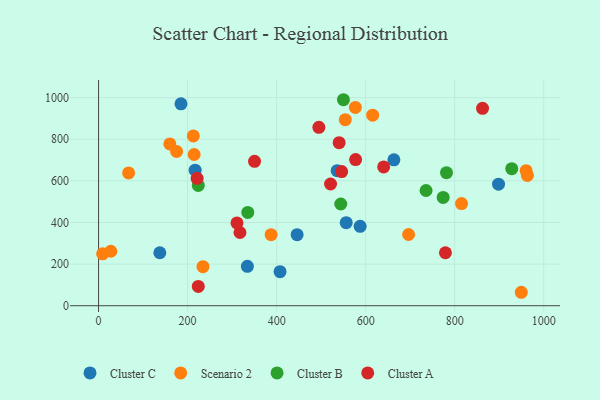
{"axis": {"x": "Study Hours", "y": "Rating"}, "legend": ["Cluster A", "Cluster B", "Cluster C", "Scenario 2"], "data": [{"x": "216.9", "y": 651.2, "type": "Cluster C"}, {"x": "587.6", "y": 381.5, "type": "Cluster C"}, {"x": "556.3", "y": 399.3, "type": "Cluster C"}, {"x": "898.5", "y": 584.1, "type": "Cluster C"}, {"x": "137.6", "y": 254.5, "type": "Cluster C"}, {"x": "536.0", "y": 649.0, "type": "Cluster C"}, {"x": "334.3", "y": 189.4, "type": "Cluster C"}, {"x": "663.4", "y": 701.0, "type": "Cluster C"}, {"x": "407.7", "y": 163.6, "type": "Cluster C"}, {"x": "185.1", "y": 970.2, "type": "Cluster C"}, {"x": "446.0", "y": 341.5, "type": "Cluster C"}, {"x": "960.5", "y": 649.1, "type": "Scenario 2"}, {"x": "576.9", "y": 952.8, "type": "Scenario 2"}, {"x": "67.5", "y": 638.3, "type": "Scenario 2"}, {"x": "387.6", "y": 341.4, "type": "Scenario 2"}, {"x": "160.1", "y": 777.7, "type": "Scenario 2"}, {"x": "212.9", "y": 816.1, "type": "Scenario 2"}, {"x": "175.3", "y": 741.0, "type": "Scenario 2"}, {"x": "234.5", "y": 187.4, "type": "Scenario 2"}, {"x": "9.1", "y": 249.4, "type": "Scenario 2"}, {"x": "815.4", "y": 491.0, "type": "Scenario 2"}, {"x": "554.2", "y": 894.1, "type": "Scenario 2"}, {"x": "615.7", "y": 915.5, "type": "Scenario 2"}, {"x": "949.7", "y": 64.6, "type": "Scenario 2"}, {"x": "27.5", "y": 261.8, "type": "Scenario 2"}, {"x": "696.4", "y": 342.2, "type": "Scenario 2"}, {"x": "214.7", "y": 726.6, "type": "Scenario 2"}, {"x": "963.3", "y": 626.2, "type": "Scenario 2"}, {"x": "224.0", "y": 578.0, "type": "Cluster B"}, {"x": "774.1", "y": 520.6, "type": "Cluster B"}, {"x": "781.6", "y": 639.3, "type": "Cluster B"}, {"x": "335.2", "y": 448.4, "type": "Cluster B"}, {"x": "550.1", "y": 989.9, "type": "Cluster B"}, {"x": "928.2", "y": 658.7, "type": "Cluster B"}, {"x": "735.7", "y": 553.6, "type": "Cluster B"}, {"x": "544.1", "y": 488.9, "type": "Cluster B"}, {"x": "521.1", "y": 584.8, "type": "Cluster A"}, {"x": "577.4", "y": 702.5, "type": "Cluster A"}, {"x": "224.0", "y": 92.8, "type": "Cluster A"}, {"x": "494.9", "y": 857.4, "type": "Cluster A"}, {"x": "779.2", "y": 254.5, "type": "Cluster A"}, {"x": "546.1", "y": 644.4, "type": "Cluster A"}, {"x": "862.6", "y": 948.5, "type": "Cluster A"}, {"x": "310.9", "y": 398.1, "type": "Cluster A"}, {"x": "350.4", "y": 693.8, "type": "Cluster A"}, {"x": "540.4", "y": 783.7, "type": "Cluster A"}, {"x": "317.6", "y": 351.9, "type": "Cluster A"}, {"x": "640.5", "y": 667.2, "type": "Cluster A"}, {"x": "221.4", "y": 612.3, "type": "Cluster A"}]}